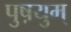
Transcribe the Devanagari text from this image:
पुष़युम्